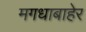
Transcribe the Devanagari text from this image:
मगधाबाहेर